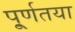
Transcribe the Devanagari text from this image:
पू्र्णतया